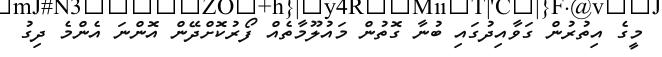
މީގެ އިތުރުން ގަވާއިދުގައި ބުނާ ގޮތުން މައުލޫމާތެއް ފޯރުކޮށްދޭން އޮންނަ އެންމެ ދިގު